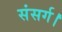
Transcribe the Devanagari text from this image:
संसर्ग।